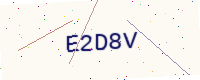
Text: E2D8V